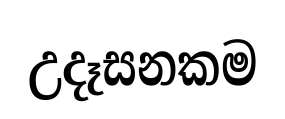
උදෑසනකම